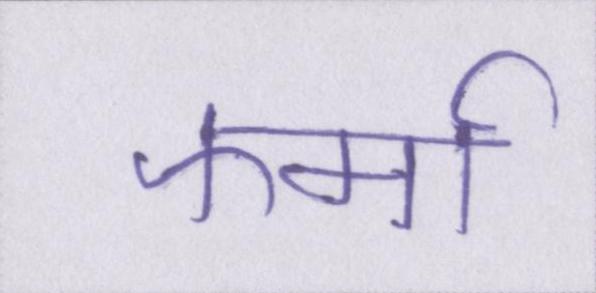
फर्मा